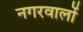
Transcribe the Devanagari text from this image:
नगरवालों